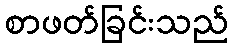
စာဖတ်ခြင်းသည်